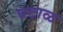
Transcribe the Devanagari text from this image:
घटाळ